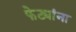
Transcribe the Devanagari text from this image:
फेट्यांना